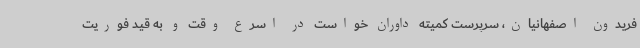
فریدون اصفهانیان، سرپرست کمیته داوران خواست در اسرع وقت و به قید فوریت